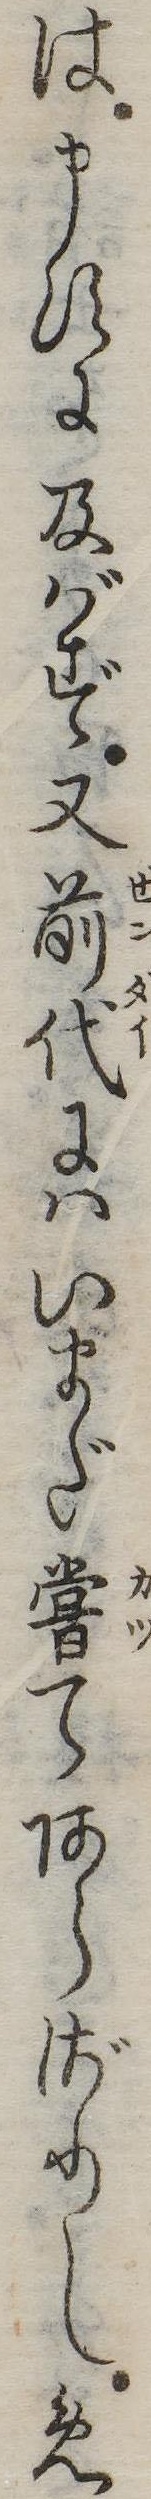
は申すに及ばず又前代にはいまだ嘗てあらざりしめ